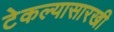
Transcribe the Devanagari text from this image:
टेकल्यासारखी